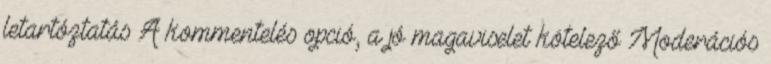
letartóztatás A kommentelés opció, a jó magaviselet kötelező Moderációs